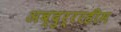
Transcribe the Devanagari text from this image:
अब्दुर्ररहीम